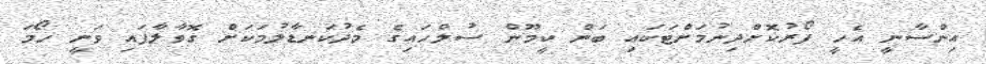
އިންސާނީ އެހީ ފޯރުކޮށްދިނުމަށްޓަކައި ބަން ކީމޫން ސުލްހައިގެ މެދުކަނޑާލުމަކަށް ގޮވާލާފައި ވަނީ ހޯމަ